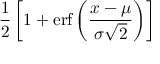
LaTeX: { \frac { 1 } { 2 } } \left[ 1 + \operatorname { e r f } \left( { \frac { x - \mu } { \sigma { \sqrt { 2 } } } } \right) \right]